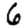
Digit: 6